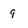
Character: 9